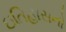
ઇતિહાસનો